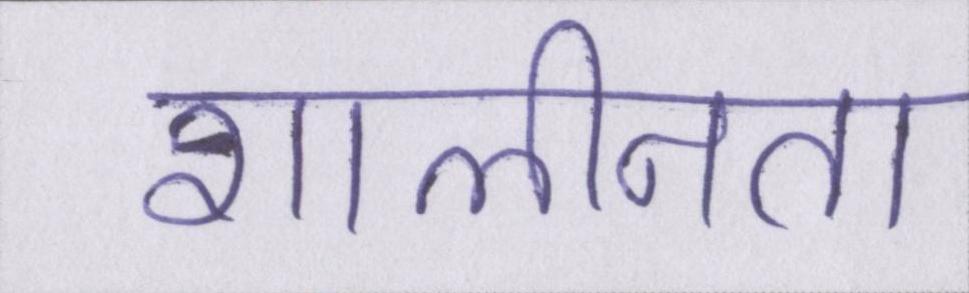
शालीनता